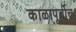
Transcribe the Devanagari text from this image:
काळापूर्वीच